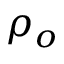
\rho _ { o }